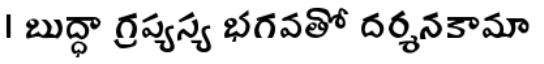
। బుద్ధా గ్రప్యస్య భగవతో దర్శనకామా